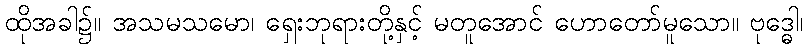
ထိုအခါ၌။ အသမသမော၊ ရှေးဘုရားတို့နှင့် မတူအောင် ဟောတော်မူသော။ ဗုဒ္ဓေါ၊